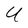
Character: U